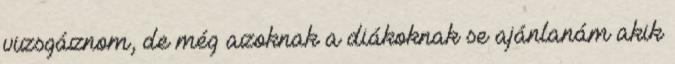
vizsgáznom, de még azoknak a diákoknak se ajánlanám akik